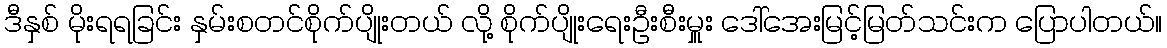
ဒီနှစ် မိုးရရခြင်း နှမ်းစတင်စိုက်ပျိုးတယ် လို့ စိုက်ပျိုးရေးဦးစီးမှူး ဒေါ်အေးမြင့်မြတ်သင်းက ပြောပါတယ်။